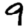
Digit: 9